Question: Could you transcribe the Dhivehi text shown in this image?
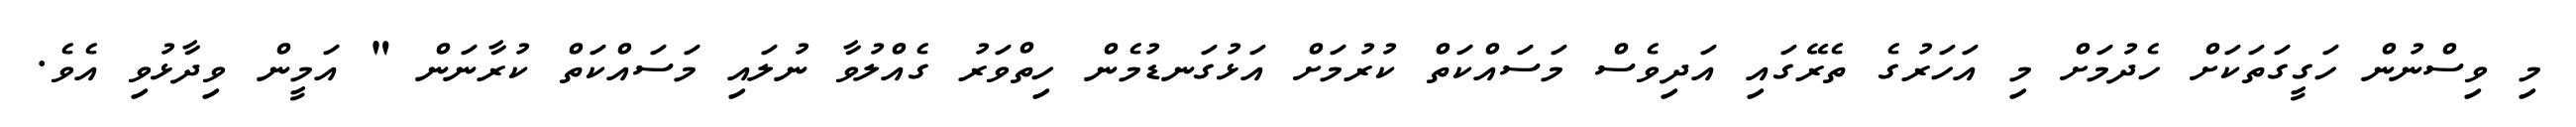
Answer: މި ވިސްނުން ހަގީގަތަކަށް ހެދުމަށް މި އަހަރުގެ ތެރޭގައި އަދިވެސް މަސައްކަތް ކުރުމަށް އަޅުގަނޑުމެން ހިތްވަރު ގެއްލުވާ ނުލައި މަސައްކަތް ކުރާނަން " އަމީން ވިދާޅުވި އެވެ.